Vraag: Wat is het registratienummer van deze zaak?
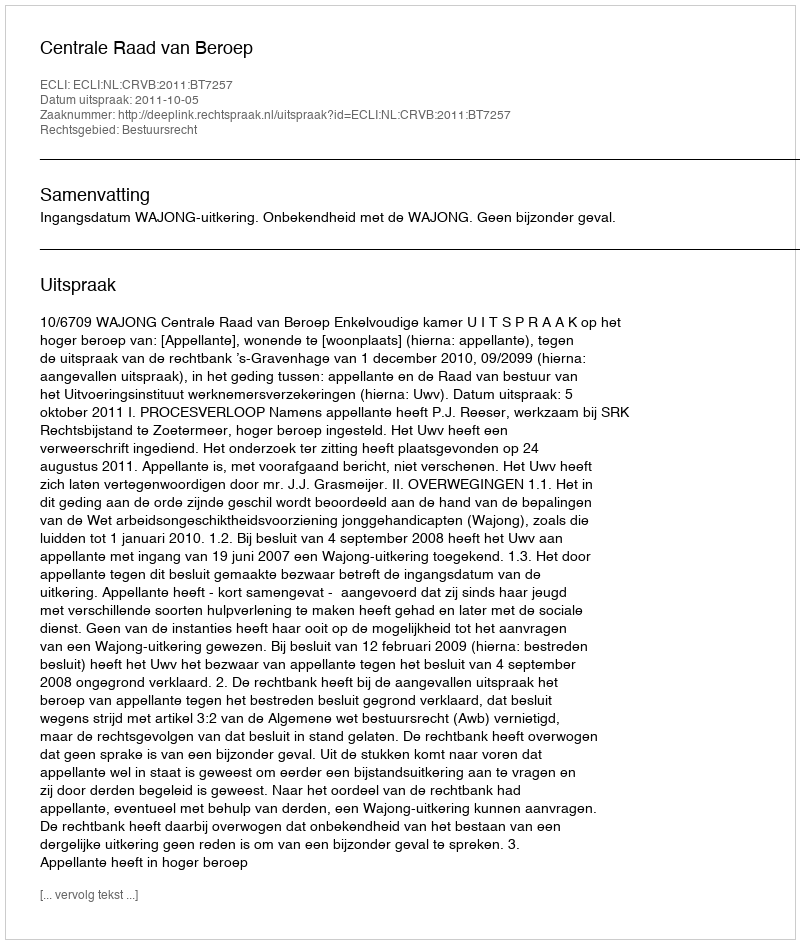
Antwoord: http://deeplink.rechtspraak.nl/uitspraak?id=ECLI:NL:CRVB:2011:BT7257